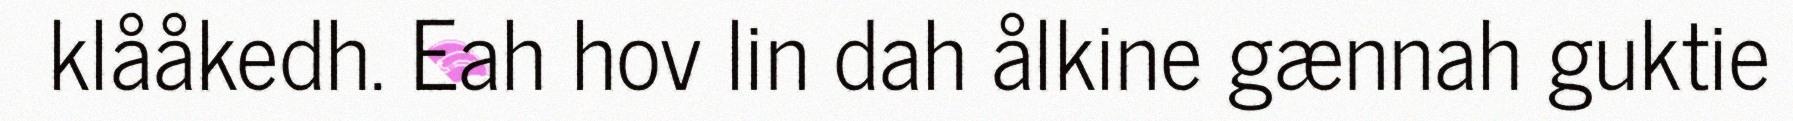
klååkedh. Eah hov lin dah ålkine gænnah guktie